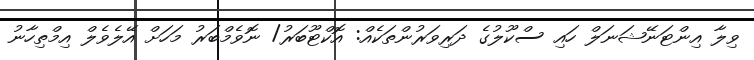
ވިލާ އިންޓަނޭޝަނަލް ހައި ސްކޫލުގެ ދަރިވަރުންތަކެއް: އޮކްޓޫބަރު/ ނޮވެމްބަރު މަހަށް އޭލެވެލް އިމްތިހާނު